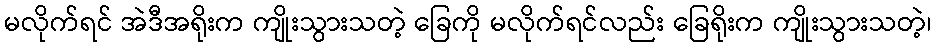
မလိုက်ရင် အဲဒီအရိုးက ကျိုးသွားသတဲ့ ခြေကို မလိုက်ရင်လည်း ခြေရိုးက ကျိုးသွားသတဲ့၊